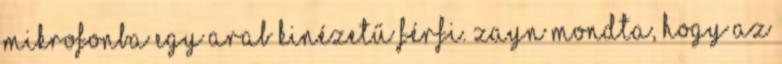
mikrofonba egy arab kinézetű férfi. Zayn mondta, hogy az